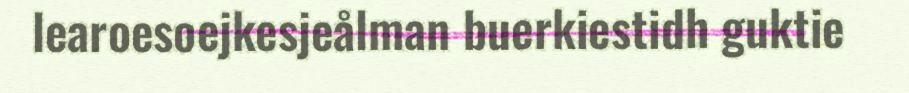
learoesoejkesjeålman buerkiestidh guktie